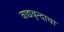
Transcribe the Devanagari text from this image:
वाद्यवृन्दाचा